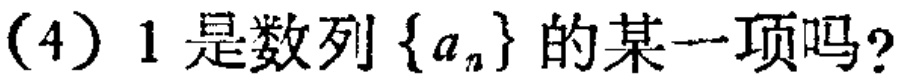
(4) \(1\)是数列\(\{ a_{n}\}\)的某一项吗？